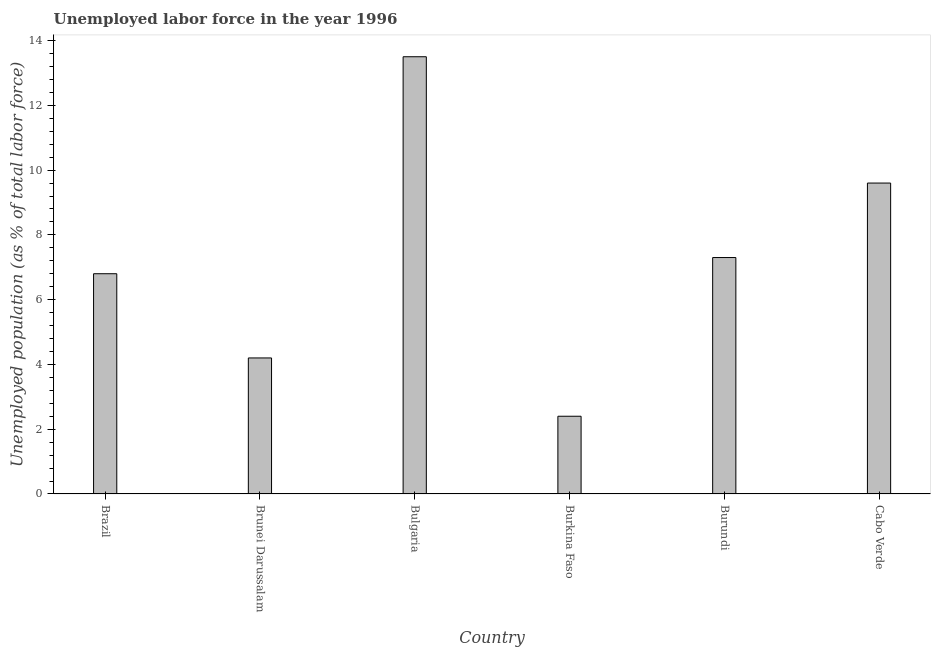
| Country | Unemployment |
 | --- | --- |
 | Brazil | 6.8 |
 | Brunei Darussalam | 4.2 |
 | Bulgaria | 13.5 |
 | Burkina Faso | 2.4 |
 | Burundi | 7.3 |
 | Cabo Verde | 9.6 |